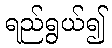
ရည်ရွယ်၍